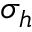
\sigma _ { h }